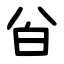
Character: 㒶